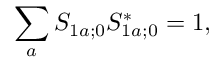
\sum _ { a } S _ { 1 a ; 0 } S _ { 1 a ; 0 } ^ { * } = 1 ,